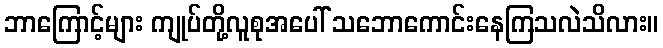
ဘာကြောင့်များ ကျုပ်တို့လူစုအပေါ် သဘောကောင်းနေကြသလဲသိလား။